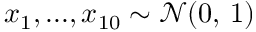
x _ { 1 } , . . . , x _ { 1 0 } \sim \mathcal { N } ( 0 , \, 1 )